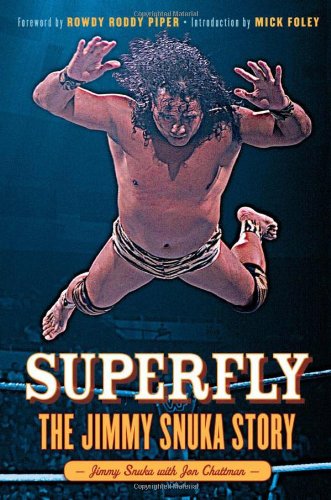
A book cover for Superfly: The Jimmy Snuka Story; Jimmy Snuka; Biographies & Memoirs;